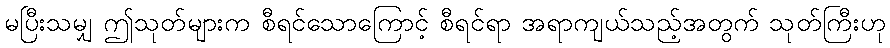
မပြီးသမျှ ဤသုတ်များက စီရင်သောကြောင့် စီရင်ရာ အရာကျယ်သည့်အတွက် သုတ်ကြီးဟု